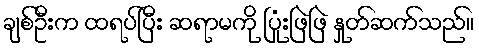
ချစ်ဦးက ထရပ်ပြီး ဆရာမကို ပြုံးဖြဲဖြဲ နှုတ်ဆက်သည်။